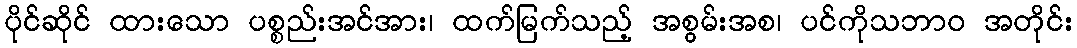
ပိုင်ဆိုင် ထားသော ပစ္စည်းအင်အား၊ ထက်မြက်သည့် အစွမ်းအစ၊ ပင်ကိုသဘာဝ အတိုင်း